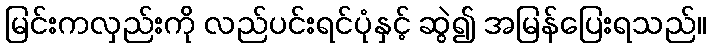
မြင်းကလှည်းကို လည်ပင်းရင်ပုံနှင့် ဆွဲ၍ အမြန်ပြေးရသည်။